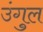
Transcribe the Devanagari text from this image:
उंगुल